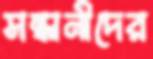
সন্ধানীদের